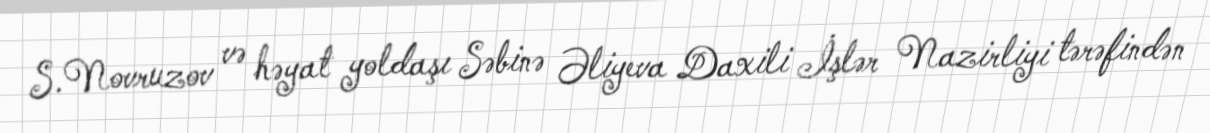
S.Novruzov və həyat yoldaşı Səbinə Əliyeva Daxili İşlər Nazirliyi tərəfindən